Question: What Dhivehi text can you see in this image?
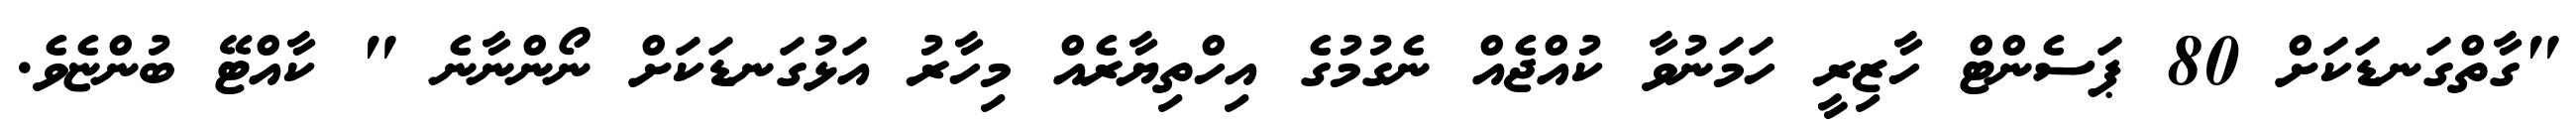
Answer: "ގާތްގަނޑަކަށް 80 ޕަސެންޓް ހާޒިރީ ހަމަނުވާ ކުއްޖެއް ނެގުމުގެ އިހްތިޔާރެއް މިހާރު އަޅުގަނޑަކަށް ނޯންނާނެ " ކާއްޓޭ ބުންޏެވެ.